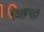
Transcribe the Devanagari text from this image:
विल्लापट्टी